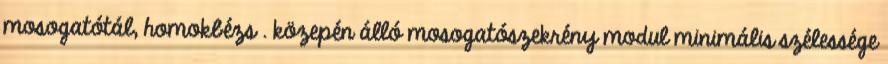
mosogatótál, homokbézs . közepén álló mosogatószekrény modul minimális szélessége